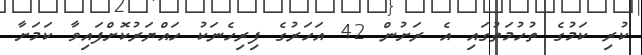
ކުރި ކަމުގެ ތުހުމަތުގައި އެ ރަށުން 42 އަހަރުގެ ފިރިހެނަކު ހައްޔަރުކޮށްފައިވާ ކަމަށާ